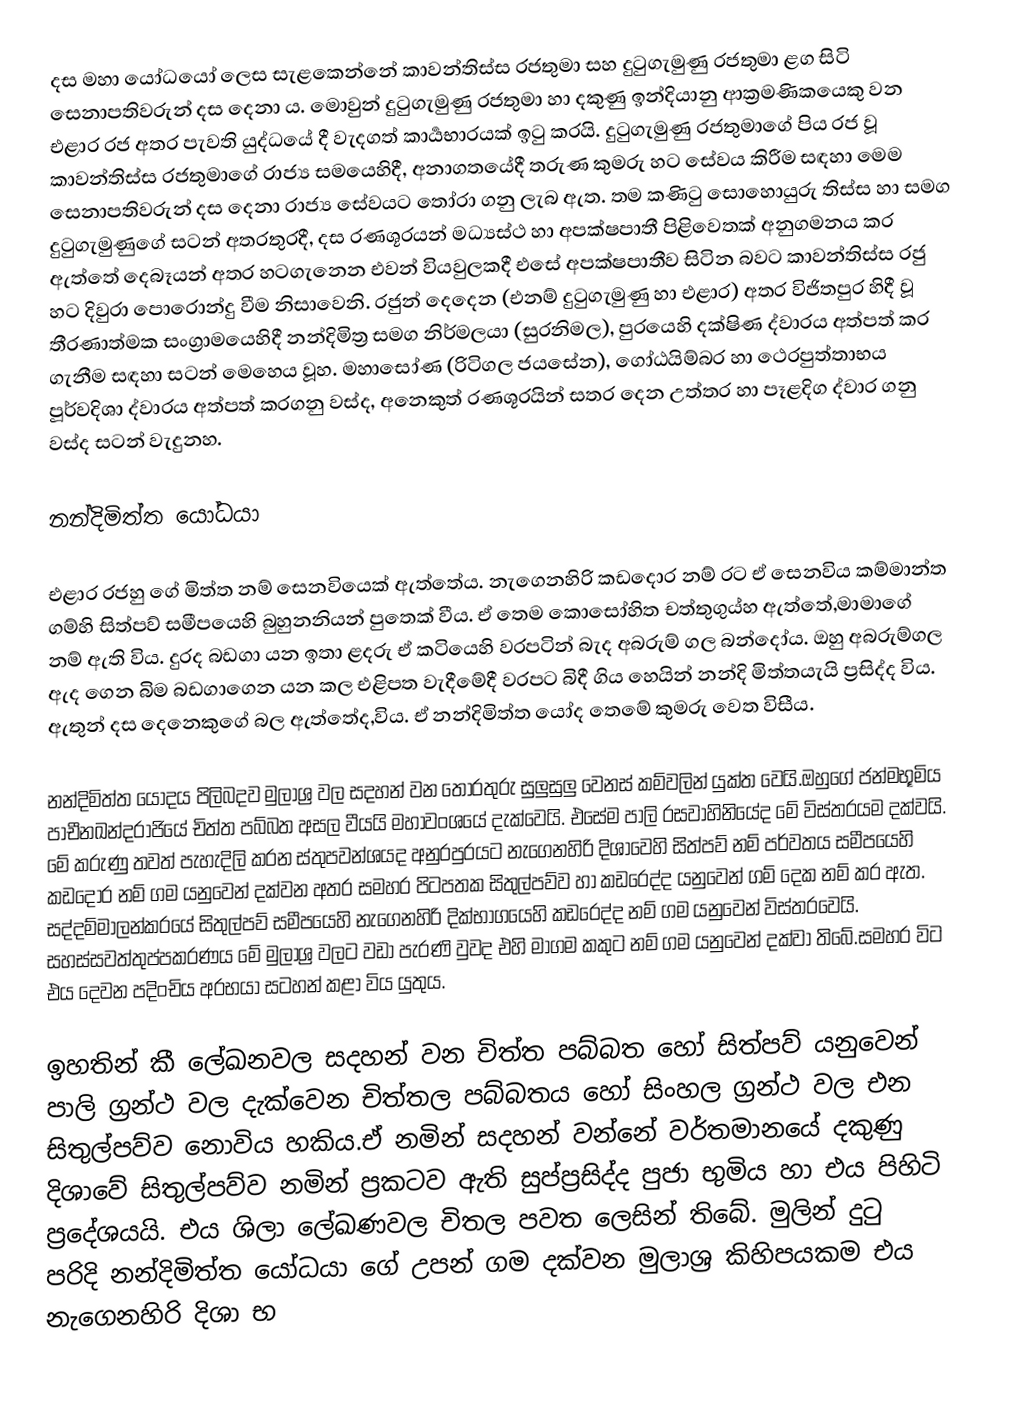
දස මහා යෝධයෝ ලෙස සැළකෙන්නේ කාවන්තිස්ස රජතුමා සහ දුටුගැමුණු රජතුමා ළග සිටි සෙනාපතිවරුන් දස දෙනා ය. මොවුන් දුටුගැමුණු රජතුමා හා දකුණු ඉන්දියානු ආක්‍රමණිකයෙකු වන එළාර රජ අතර පැවති යුද්ධයේ දී වැදගත් කාර්‍යභාරයක් ඉටු කරයි. දුටුගැමුණු රජතුමාගේ පිය රජ වූ කාවන්තිස්ස රජතුමාගේ රාජ්‍ය සමයෙහිදී, අනාගතයේදී තරුණ කුමරු හට සේවය කිරීම සඳහා මෙම සෙනාපතිවරුන් දස දෙනා රාජ්‍ය සේවයට තෝරා ගනු ලැබ ඇත. තම කණිටු සොහොයුරු  තිස්ස හා සමග දුටුගැමුණුගේ සටන් අතරතුරදී, දස රණශූරයන් මධ්‍යස්ථ හා අපක්ෂපාතී  පිළිවෙතක් අනුගමනය කර ඇත්තේ දෙබෑයන් අතර හටගැනෙන එවන් වියවුලකදී එසේ අපක්ෂපාතීව සිටින බවට කාවන්තිස්ස රජු හට දිවුරා පොරොන්දු වීම නිසාවෙනි. රජුන් දෙදෙන (එනම් දුටුගැමුණු හා එළාර) අතර විජිතපුර හිදී වූ තීරණාත්මක සංග්‍රාමයෙහිදී නන්දිමිත්‍ර සමග නිර්මලයා (සුරනිමල), පුරයෙහි දක්ෂිණ ද්වාරය අත්පත් කර ගැනීම සඳහා සටන් මෙහෙය වූහ. මහාසෝණ (රිටිගල ජයසේන), ගෝඨයිම්බර හා ථෙරපුත්තාභය පූර්වදිශා ද්වාරය අත්පත් කරගනු වස්ද,  අනෙකුත් රණශූරයින් සතර දෙන උත්තර හා පෑළදිග ද්වාර ගනු වස්ද සටන් වැදුනහ.

නන්දිමිත්ත යෝධයා

එළාර රජහු ගේ මිත්ත නම් සෙනවියෙක් ඇත්තේය. නැගෙනහිරි කඩදොර නම් රට  ඒ සෙනවිය කම්මාන්ත ගම්හි සිත්පව් සමීපයෙහි බුහුනනියන් පුතෙක් වීය. ඒ තෙම කොසෝහිත චත්තුගුය්හ ඇත්තේ,මාමාගේ නම් ඇති විය. දුරද බඩගා යන ඉතා ළදරු ඒ කටියෙහි වරපටින් බැද අබරුම් ගල බන්දෝය. ඔහු අබරුම්ගල ඇද ගෙන බිම බඩගාගෙන යන කල එළිපත වැදීමේදී වරපට බිදී ගිය හෙයින් නන්දි මිත්තයැයි ප්‍රසිද්ද විය. ඇතුන් දස දෙනෙකුගේ බල ඇත්තේද,විය. ඒ නන්දිමිත්ත යෝද තෙමේ කුමරු වෙත විසීය.

නන්දිමිත්ත යොදය පිලිබදව මුලාශ්‍ර වල සදහන් වන තොරතුරු සුලුසුලු වෙනස් කම්වලින් යුක්ත වෙයි.ඔහුගේ ජන්මභූමිය පාචීනඛන්දරාජියේ චිත්ත පබ්බත  අසල වීයයි මහාවංශයේ දැක්වෙයි. එසේම පාලි රසවාහිනියේද මේ විස්තරයම දක්වයි. මේ කරුණු තවත් පැහැදිලි කරන ස්තුපවන්ශයද අනුරපුරයට නැගෙනහිරි දිශාවෙහි සිත්පව් නම් පර්වතය සමීපයෙහි කඩදොර නම් ගම යනුවෙන් දක්වන අතර සමහර පිටපතක සිතුල්පව්ව හා කඩරෙද්ද යනුවෙන් ගම් දෙක නම් කර ඇත. සද්දම්මාලන්කරයේ සිතුල්පව් සමීපයෙහි නැගෙනහිරි දික්භාගයෙහි කඩරෙද්ද නම් ගම යනුවෙන් විස්තරවෙයි. සහස්සවත්තුප්පකරණය මේ මුලාශ්‍ර වලට වඩා පැරණි වුවද එහි මාගම කකුට නම් ගම යනුවෙන් දක්වා තිබේ.සමහර විට එය දෙවන පදිංචිය අරභයා සටහන් කළා විය යුතුය.

ඉහතින් කී ලේඛනවල සදහන් වන චිත්ත පබ්බත හෝ සිත්පව් යනුවෙන් පාලි ග්‍රන්ථ වල දැක්වෙන චිත්තල පබ්බතය හෝ සිංහල ග්‍රන්ථ වල එන සිතුල්පව්ව නොවිය හකිය.ඒ නමින් සදහන් වන්නේ වර්තමානයේ දකුණු දිශාවේ සිතුල්පව්ව නමින් ප්‍රකටව ඇති සුප්ප්‍රසිද්ද පුජා භුමිය හා එය පිහිටි ප්‍රදේශයයි. එය ශිලා ලේඛණවල චිතල පවත ලෙසින් තිබේ. මුලින් දුටු පරිදි නන්දිමිත්ත යෝධයා ගේ උපන් ගම දක්වන මුලාශ්‍ර කිහිපයකම  එය නැගෙනහිරි දිශා භ